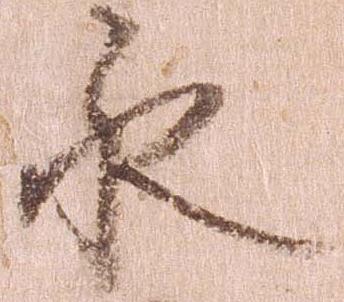
永